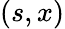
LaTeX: (s,x)